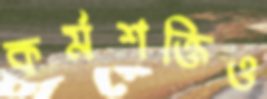
কর্মশক্তিও